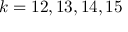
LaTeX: k = 1 2 , 1 3 , 1 4 , 1 5